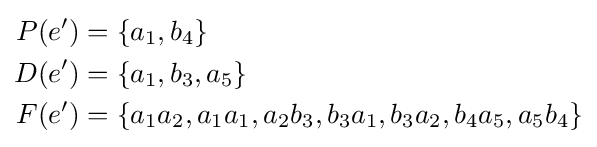
{\begin{aligned}P(e')&=\{a_{1},b_{4}\}\\D(e')&=\{a_{1},b_{3},a_{5}\}\\F(e')&=\{a_{1}a_{2},a_{1}a_{1},a_{2}b_{3},b_{3}a_{1},b_{3}a_{2},b_{4}a_{5},a_{5}b_{4}\}\end{aligned}}